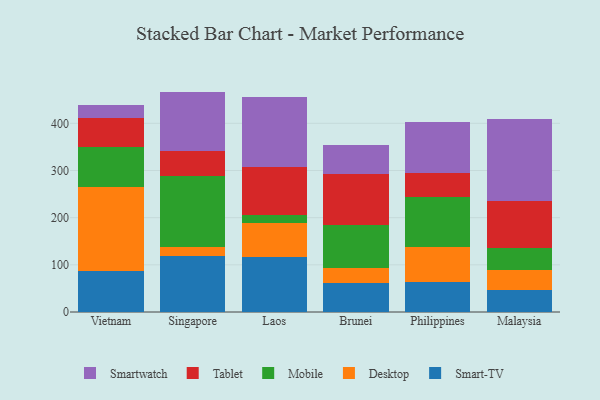
{"axis": {"x": "Country", "y": "Headcount"}, "legend": ["Desktop", "Mobile", "Smart-TV", "Smartwatch", "Tablet"], "data": [{"x": "Vietnam", "y": 87.3, "type": "Smart-TV"}, {"x": "Vietnam", "y": 177.9, "type": "Desktop"}, {"x": "Vietnam", "y": 85.5, "type": "Mobile"}, {"x": "Vietnam", "y": 61.5, "type": "Tablet"}, {"x": "Vietnam", "y": 27.5, "type": "Smartwatch"}, {"x": "Singapore", "y": 118.6, "type": "Smart-TV"}, {"x": "Singapore", "y": 18.6, "type": "Desktop"}, {"x": "Singapore", "y": 152.1, "type": "Mobile"}, {"x": "Singapore", "y": 52.4, "type": "Tablet"}, {"x": "Singapore", "y": 125.6, "type": "Smartwatch"}, {"x": "Laos", "y": 117.2, "type": "Smart-TV"}, {"x": "Laos", "y": 70.9, "type": "Desktop"}, {"x": "Laos", "y": 18.4, "type": "Mobile"}, {"x": "Laos", "y": 101.4, "type": "Tablet"}, {"x": "Laos", "y": 148.4, "type": "Smartwatch"}, {"x": "Brunei", "y": 60.6, "type": "Smart-TV"}, {"x": "Brunei", "y": 33.7, "type": "Desktop"}, {"x": "Brunei", "y": 89.4, "type": "Mobile"}, {"x": "Brunei", "y": 108.6, "type": "Tablet"}, {"x": "Brunei", "y": 61.7, "type": "Smartwatch"}, {"x": "Philippines", "y": 62.6, "type": "Smart-TV"}, {"x": "Philippines", "y": 74.8, "type": "Desktop"}, {"x": "Philippines", "y": 106.5, "type": "Mobile"}, {"x": "Philippines", "y": 51.5, "type": "Tablet"}, {"x": "Philippines", "y": 108.4, "type": "Smartwatch"}, {"x": "Malaysia", "y": 47.0, "type": "Smart-TV"}, {"x": "Malaysia", "y": 41.3, "type": "Desktop"}, {"x": "Malaysia", "y": 48.3, "type": "Mobile"}, {"x": "Malaysia", "y": 98.8, "type": "Tablet"}, {"x": "Malaysia", "y": 173.0, "type": "Smartwatch"}]}